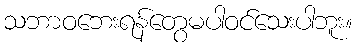
သဘာဝဘေးရန်တွေမပါဝင်သေးပါဘူး။